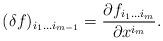
LaTeX: \begin{align*}(\delta f)_{i_{1} \dots i_{m-1}} = \frac{\partial f_{i_{1} \dots i_{m}}}{\partial x^{i_{m}}}.\end{align*}